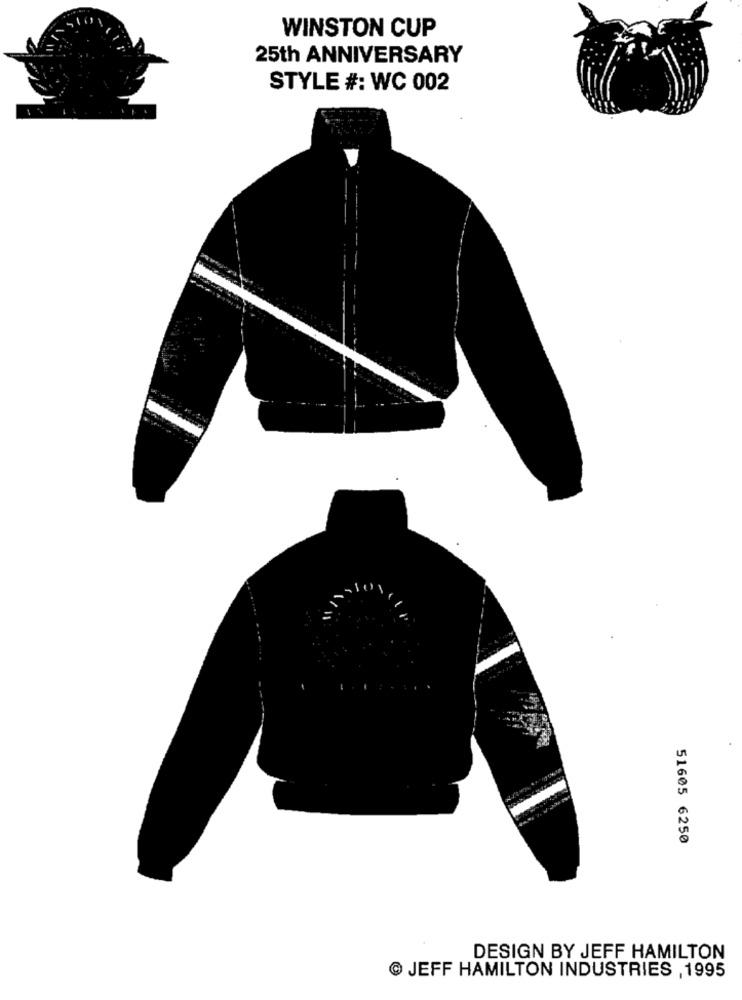
WINSTON CUP
25th ANNIVERSARY
STYLE #: WC 002
51605 6250
DESIGN BY JEFF HAMILTON
JEFF HAMILTON INDUSTRIES , 1995